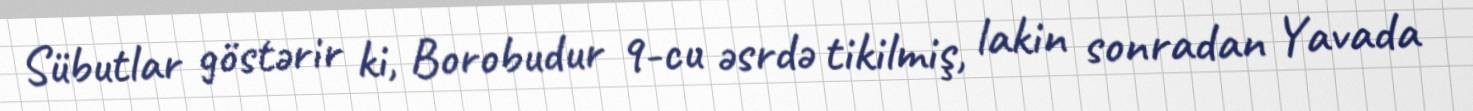
Sübutlar göstərir ki, Borobudur 9-cu əsrdə tikilmiş, lakin sonradan Yavada